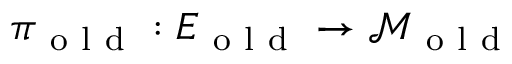
\pi _ { \mathrm { ~ o ~ l ~ d ~ } } : E _ { \mathrm { ~ o ~ l ~ d ~ } } \to \mathcal { M } _ { \mathrm { ~ o ~ l ~ d ~ } }